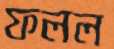
ফলল